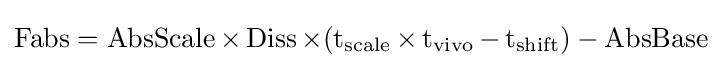
\operatorname {Fabs} =\operatorname {AbsScale} \times \operatorname {Diss} \times (\operatorname {t_{scale}} \times \operatorname {t_{vivo}} -\operatorname {t_{shift}} )-\operatorname {AbsBase}